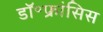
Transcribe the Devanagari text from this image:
डॉ॰फ्रांसिस